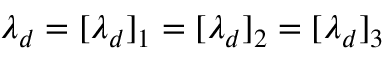
\lambda _ { d } = [ \lambda _ { d } ] _ { 1 } = [ \lambda _ { d } ] _ { 2 } = [ \lambda _ { d } ] _ { 3 }